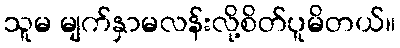
သူမ မျက်နှာမလန်းလို့စိတ်ပူမိတယ်။